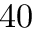
4 0